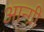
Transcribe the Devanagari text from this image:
आन्ग्री